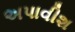
અપાવીશ